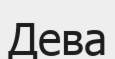
Дева